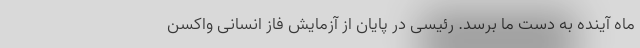
ماه آینده به دست ما برسد. رئیسی در پایان از آزمایش فاز انسانی واکسن